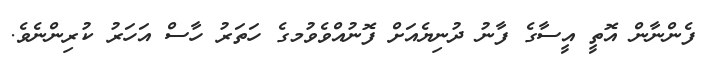
ފެންނާން އޮތީ އީސާގެ ފާނު ދުނިޔެއަށް ފޮނުއްވެވުމގެ ހަތަރު ހާސް އަހަރު ކުރިންނެވެ.